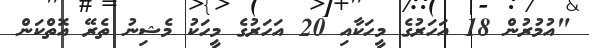
"އުމުރުން 18 އަހަރުގެ މީހަކާއި 20 އަހަރުގެ މީހަކު މެޝިނު ތެރޭ އޮތްކަން